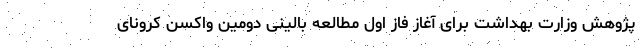
پژوهش وزارت بهداشت برای آغاز فاز اول مطالعه بالینی دومین واکسن کرونای